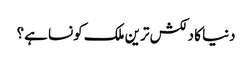
دنیا کا دلکش ترین ملک کونسا ہے؟